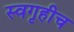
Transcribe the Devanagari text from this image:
स्वगृहीच